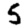
Digit: 5